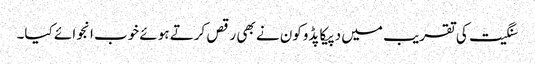
سنگیت کی تقریب میں دپیکا پڈوکون نے بھی رقص کرتے ہوئے خوب انجوائے کیا۔